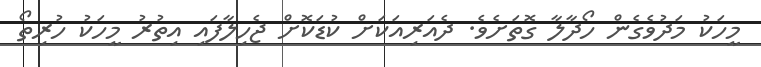
މީހަކު މަދުވެގެން ހޯދާލާ ގޮތަށެވެ. ދެއަރިއަކަށް ކުޑަކޮށް ޖެހިލާފައި އިތުރު މީހަކު ހުރިތޯ